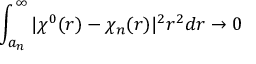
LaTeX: \int _ { a _ { n } } ^ { \infty } | \chi ^ { 0 } ( r ) - \chi _ { n } ( r ) | ^ { 2 } r ^ { 2 } d r \rightarrow 0